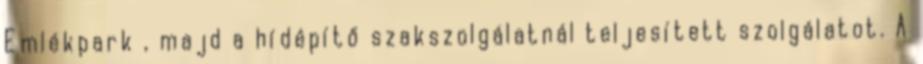
Emlékpark , majd a hídépítő szakszolgálatnál teljesített szolgálatot. A